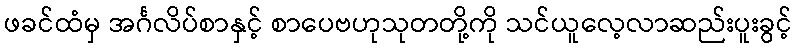
ဖခင်ထံမှ အင်္ဂလိပ်စာနှင့် စာပေဗဟုသုတတို့ကို သင်ယူလေ့လာဆည်းပူးခွင့်